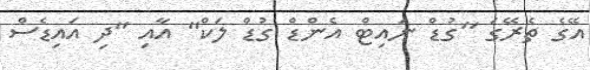
އޭގެ ތެރޭގަ ''ގުޑް ނައިޓް އެންޑް ގުޑް ލަކް'' އާއި ''ދި އައިޑެސް